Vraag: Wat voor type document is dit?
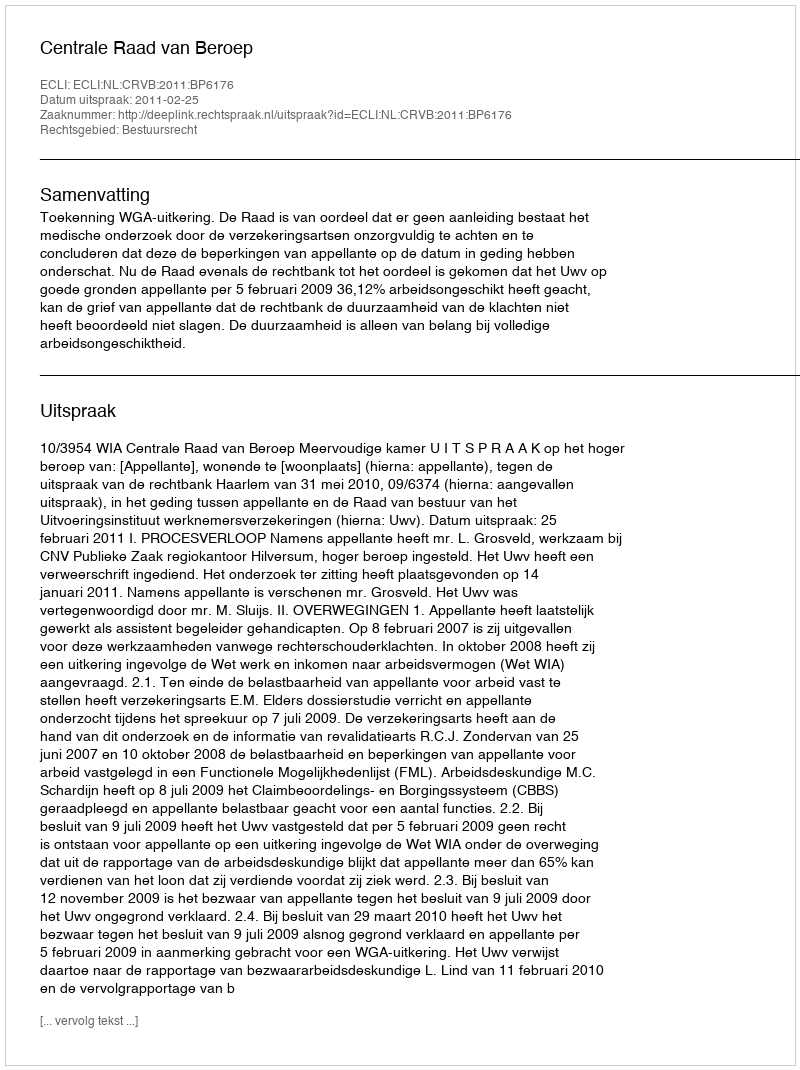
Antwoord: Uitspraak